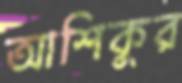
আশিকুর